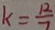
k = \frac { 1 2 } { 7 }